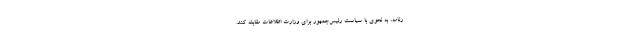
زنامه، به نحوى با سیاست رئیس‌جمهور براى وزارت اطلاعات مقابله كند.